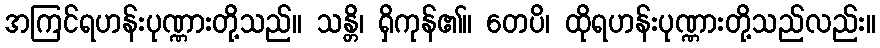
အကြင်ရဟန်းပုဏ္ဏားတို့သည်။ သန္တိ၊ ရှိကုန်၏။ တေပိ၊ ထိုရဟန်းပုဏ္ဏားတို့သည်လည်း။